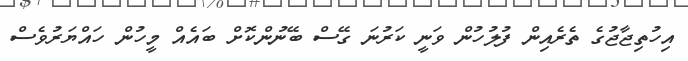
އިހުތިޖާޖުގެ ތެރެއިން ފުލުހުން ވަނީ ކަރުނަ ގޭސް ބޭނުންކޮށް ބައެއް މީހުން ހައްޔަރުވެސް